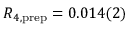
R _ { 4 , \mathrm { p r e p } } = 0 . 0 1 4 ( 2 )